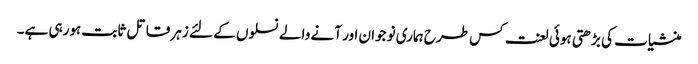
منشیات کی بڑھتی ہوئی لعنت کس طرح ہماری نوجوان اور آنے والے نسلوں کے لئے زہر قاتل ثابت ہورہی ہے۔